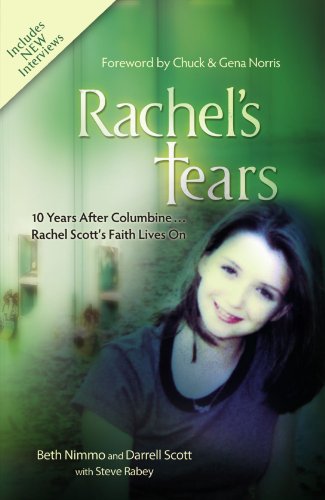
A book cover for Rachel's Tears: 10th Anniversary Edition: The Spiritual Journey of Columbine Martyr Rachel Scott; Beth Nimmo; Biographies & Memoirs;